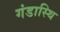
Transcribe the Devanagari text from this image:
गंडास्थि